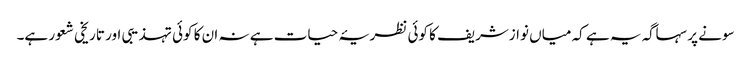
سونے پر سہاگہ یہ ہے کہ میاں نوازشریف کا کوئی نظریۂ حیات ہے نہ ان کا کوئی تہذیبی اور تاریخی شعور ہے۔